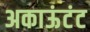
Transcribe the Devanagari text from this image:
अकाऊंटंट